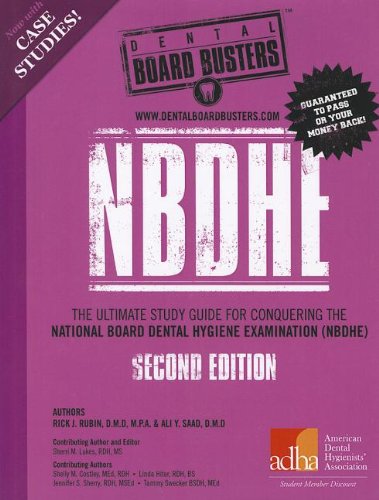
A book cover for Nbdhe: The Ultimate Study Guide for Conquering the National Board Dental Hygiene Examination; Rick J. Rubin; Medical Books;